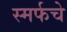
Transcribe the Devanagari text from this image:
स्मर्फचे